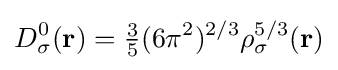
D_{\sigma }^{0}(\mathbf {r} )={\tfrac {3}{5}}(6\pi ^{2})^{2/3}\rho _{\sigma }^{5/3}(\mathbf {r} )